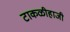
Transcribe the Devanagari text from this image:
टाकळीहाजी